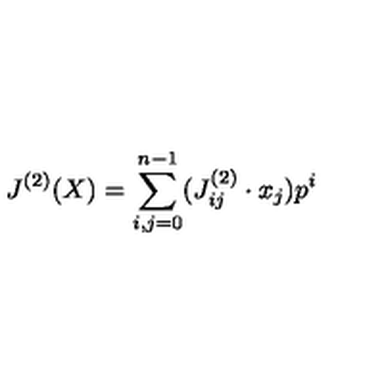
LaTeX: J ^ { ( 2 ) } ( X ) = \sum _ { i , j = 0 } ^ { n - 1 } ( J _ { i j } ^ { ( 2 ) } \cdot x _ { j } ) p ^ { i }